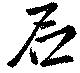
石